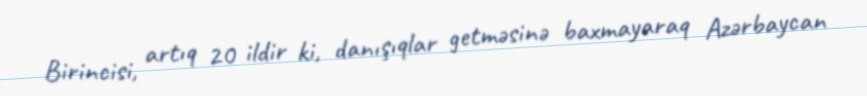
Birincisi, artıq 20 ildir ki, danışıqlar getməsinə baxmayaraq Azərbaycan